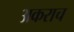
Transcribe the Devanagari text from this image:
अकराच